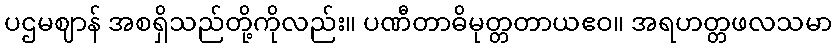
ပဌမဈာန် အစရှိသည်တို့ကိုလည်း။ ပဏီတာဓိမုတ္တတာယဧဝ။ အရဟတ္တဖလသမာ